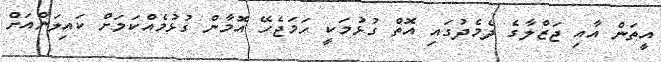
އީތަން އާއި ޖަޒްލާގެ ދެމެދުގައި އޮތް ގުޅުމަކީ ހަމަޖެހޭ އޮމާން ގުޅުމެއްކަމަށް ކައިލަންއަށް